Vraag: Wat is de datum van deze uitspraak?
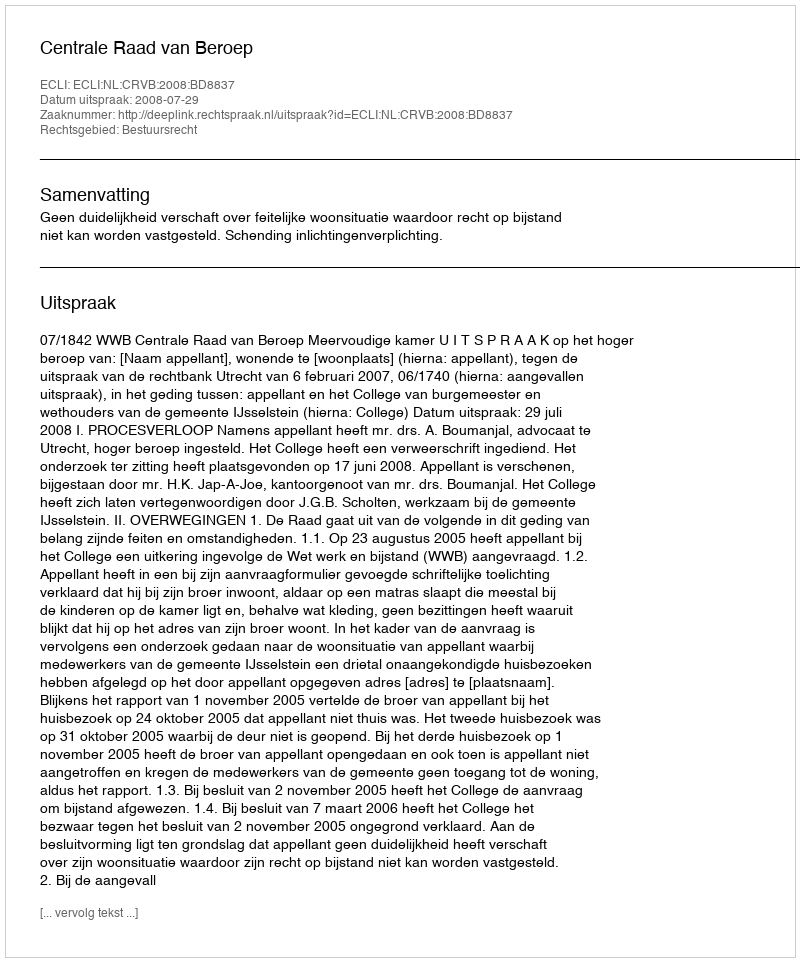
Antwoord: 2008-07-29